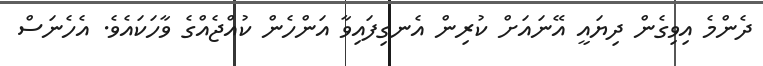
ދެންމެ އިވިގެން ދިޔައީ އޭނައަށް ކުރިން އެނގިފައިވާ އަންހެން ކުއްޖެއްގެ ވާހަކައެވެ. އެހެނަސް